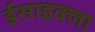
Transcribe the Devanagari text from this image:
ईसाइक्ला